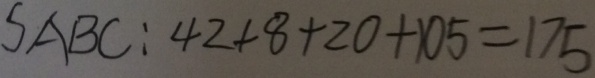
S A B C : 4 2 + 8 + 2 0 + 1 0 5 = 1 7 5